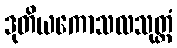
ဒုတိယကောသလသုတ္တံ